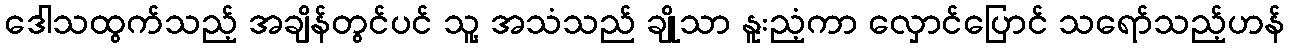
ဒေါသထွက်သည့် အချိန်တွင်ပင် သူ့ အသံသည် ချိုသာ နူးညံ့ကာ လှောင်ပြောင် သရော်သည့်ဟန်